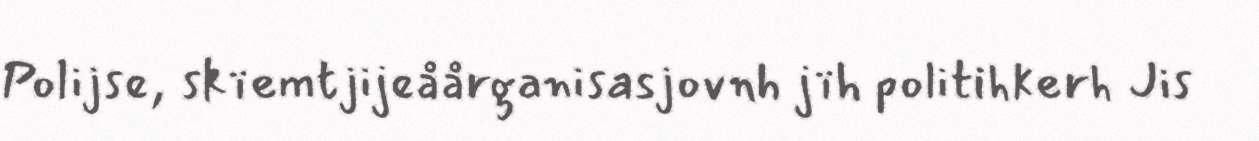
Polijse, skïemtjijeåårganisasjovnh jïh politihkerh Jis